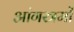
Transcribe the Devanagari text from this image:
आंगस्त्रमों